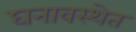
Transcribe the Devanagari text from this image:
घनावस्थेत